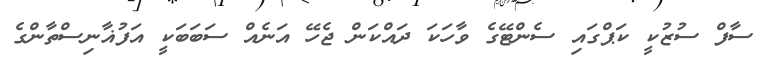
ސާފް ސުޒުކީ ކަޕްގައި ސެންޓޭގެ ވާހަކަ ދައްކަން ޖެހޭ އަނެއް ސަބަބަކީ އަފުޣާނިސްތާންގެ